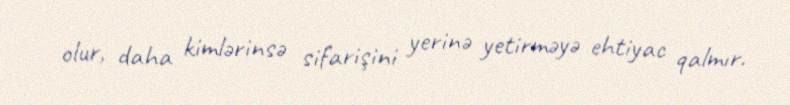
olur, daha kimlərinsə sifarişini yerinə yetirməyə ehtiyac qalmır.